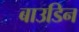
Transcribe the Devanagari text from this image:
बाउडिन